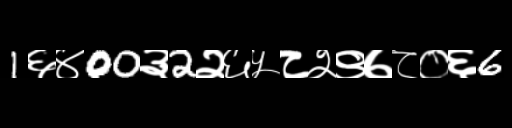
Text: 1६४00३2२६५८२९७८०६6